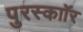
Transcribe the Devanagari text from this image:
पुरस्काॉर